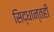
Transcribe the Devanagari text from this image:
सिद्धान्तही